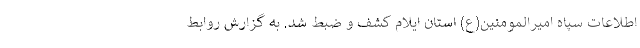
اطلاعات سپاه امیرالمومنین(ع) استان ایلام کشف و ضبط شد. به گزارش روابط